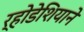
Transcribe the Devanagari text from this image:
र्‍होडेशियाने